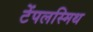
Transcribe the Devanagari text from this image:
टेंपलस्मिथ